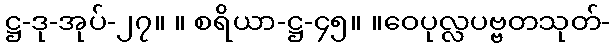
ဋ္ဌ-ဒု-အုပ်-၂၇။ ။ စရိယာ-ဋ္ဌ-၄၅။ ။ဝေပုလ္လပဗ္ဗတသုတ်-